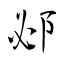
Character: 邲